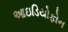
આઇડિયોફોન